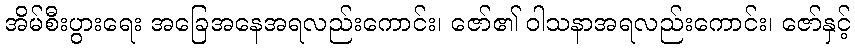
အိမ်စီးပွားရေး အခြေအနေအရလည်းကောင်း၊ ဇော်၏ ဝါသနာအရလည်းကောင်း၊ ဇော်နှင့်